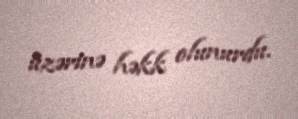
üzərinə həkk olunurdu.